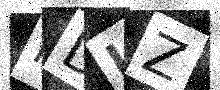
Text: RDLZ